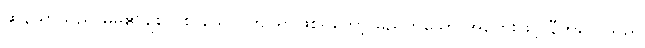
ဆွန်ယာသည် မိမိ၏ချစ်လှစွာသော ကြင်ရာဖြစ်ရတော့ မည်ဟူသော အတွေးဖြင့် နီကိုလေသည်